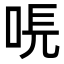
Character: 𠳠